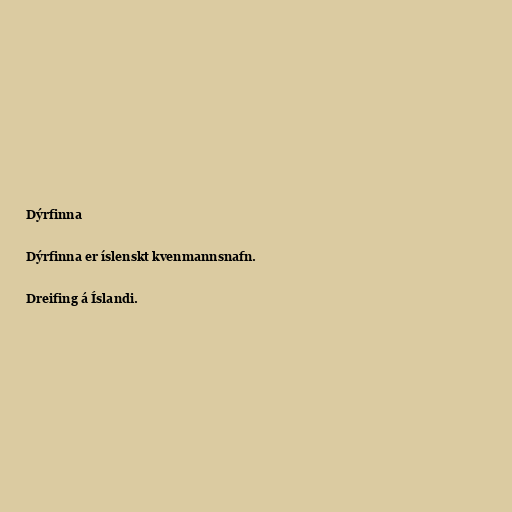
Dýrfinna

Dýrfinna er íslenskt kvenmannsnafn.

Dreifing á Íslandi.